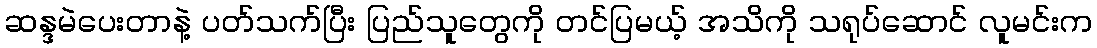
ဆန္ဒမဲပေးတာနဲ့ ပတ်သက်ပြီး ပြည်သူတွေကို တင်ပြမယ့် အသိကို သရုပ်ဆောင် လူမင်းက